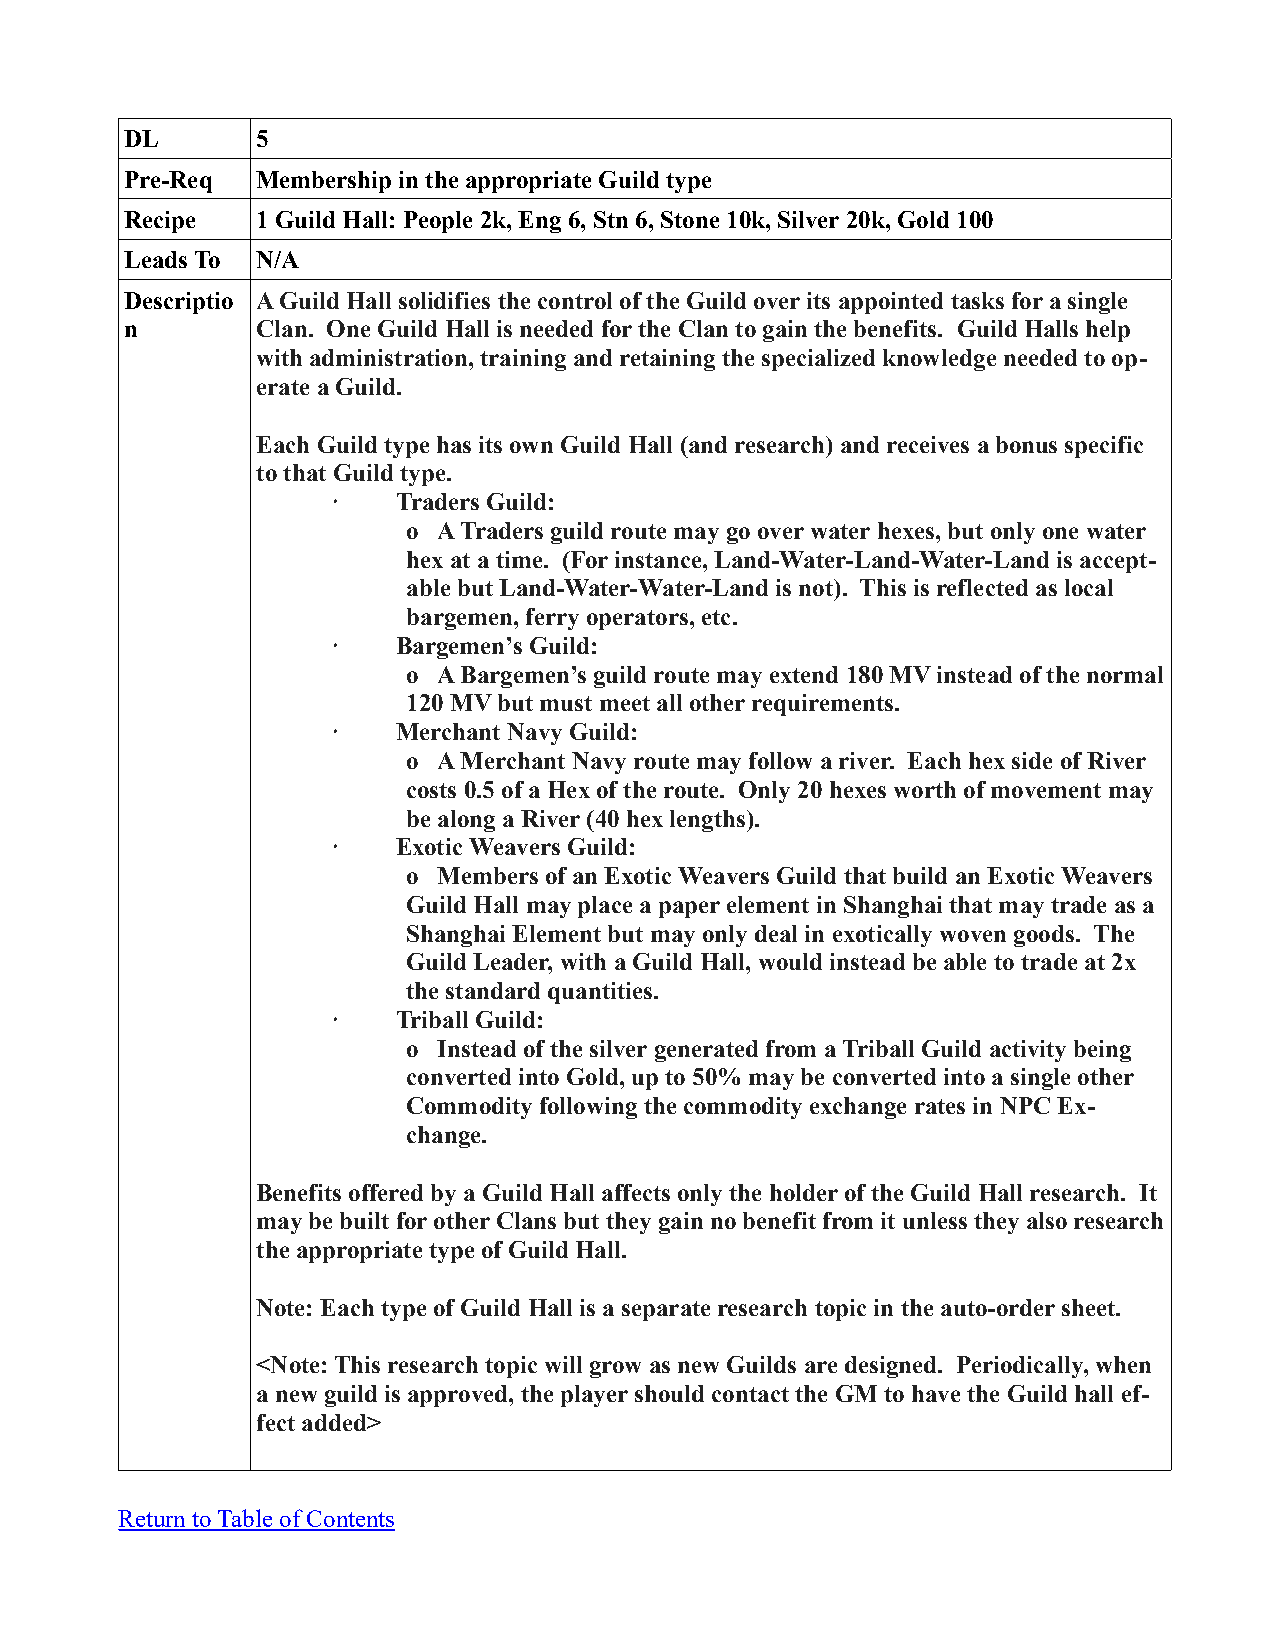
DL       5
 Pre-Req  Membership in the appropriate Guild type
 Recipe   1 Guild Hall: People 2k, Eng 6, Stn 6, Stone 10k, Silver 20k, Gold 100
 Leads To N/A
 Descriptio A Guild Hall solidifies the control of the Guild over its appointed tasks for a single
 n        Clan. One Guild Hall is needed for the Clan to gain the benefits. Guild Halls help
 with administration, training and retaining the specialized knowledge needed to op-
 erate a Guild.
 Each Guild type has its own Guild Hall (and research) and receives a bonus specific
 to that Guild type.
 ·   Traders Guild:
 o A Traders guild route may go over water hexes, but only one water
 hex at a time. (For instance, Land-Water-Land-Water-Land is accept-
 able but Land-Water-Water-Land is not). This is reflected as local
 bargemen, ferry operators, etc.
 ·   Bargemen’s Guild:
 o A Bargemen’s guild route may extend 180 MV instead of the normal
 120 MV but must meet all other requirements.
 ·   Merchant Navy Guild:
 o A Merchant Navy route may follow a river. Each hex side of River
 costs 0.5 of a Hex of the route. Only 20 hexes worth of movement may
 be along a River (40 hex lengths).
 ·   Exotic Weavers Guild:
 o Members of an Exotic Weavers Guild that build an Exotic Weavers
 Guild Hall may place a paper element in Shanghai that may trade as a
 Shanghai Element but may only deal in exotically woven goods. The
 Guild Leader, with a Guild Hall, would instead be able to trade at 2x
 the standard quantities.
 ·   Triball Guild:
 o Instead of the silver generated from a Triball Guild activity being
 converted into Gold, up to 50% may be converted into a single other
 Commodity following the commodity exchange rates in NPC Ex-
 change.
 Benefits offered by a Guild Hall affects only the holder of the Guild Hall research. It
 may be built for other Clans but they gain no benefit from it unless they also research
 the appropriate type of Guild Hall.
 Note: Each type of Guild Hall is a separate research topic in the auto-order sheet.
 <Note: This research topic will grow as new Guilds are designed. Periodically, when
 a new guild is approved, the player should contact the GM to have the Guild hall ef-
 fect added>
 Return to Table of Contents